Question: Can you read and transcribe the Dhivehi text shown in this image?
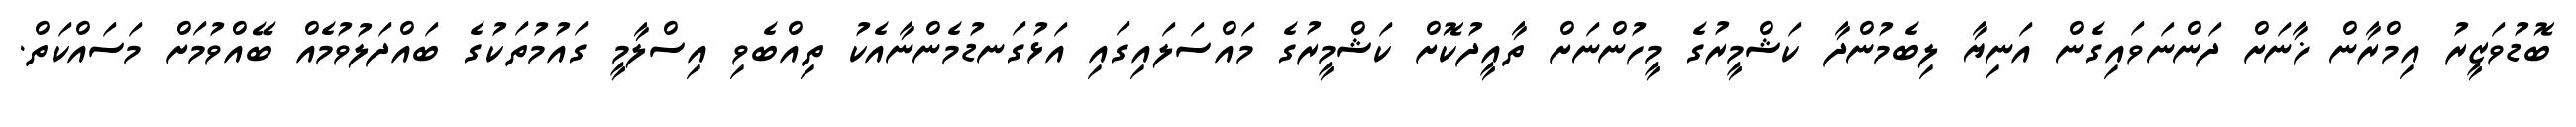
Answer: ބޮޑުވަޒީރު އިމްރާން ޚާނަށް ދަންނަވައިގެން އަނިޔާ ލިބެމުންދާ ކަޝްމީރުގެ މީހުންނަށް ތާއީދުކޮށް ކަޝްމީރުގެ މައްސަލައިގައި އަޅުގަނޑުމެންނާއެކު ތިއްބެވި އިސްލާމީ ގައުމުތަކުގެ ބައްދަލުވުމެއް ބޭއްވުމަށް މަސައްކަތް.